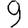
Digit: 9